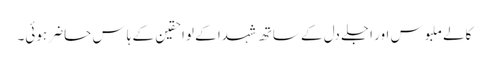
کالے ملبوس اور اجلے دل کے ساتھ شہدا کے لواحقین کے ہاس حاضر ہوئی۔